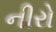
નીરો